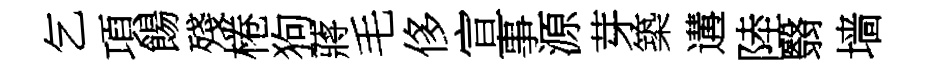
乞項餳殘棬狗蔣毛侈宣事源芽築遘陸翳墙